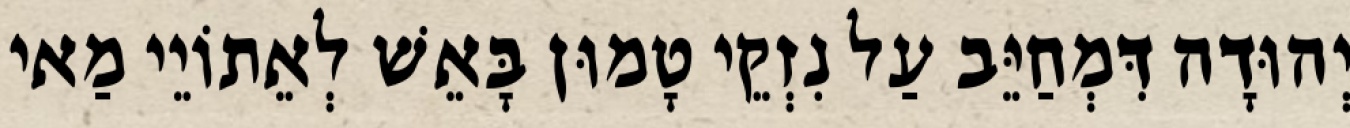
יְהוּדָה דִּמְחַיֵּב עַל נִזְקֵי טָמוּן בָּאֵשׁ לְאֵתוֹיֵי מַאי